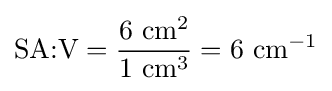
{\mbox{SA:V}}={\frac {6~{\mbox{cm}}^{2}}{1~{\mbox{cm}}^{3}}}=6~{\mbox{cm}}^{-1}